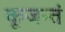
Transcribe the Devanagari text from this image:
कूजन्तं